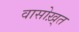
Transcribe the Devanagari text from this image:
वासोख़्त